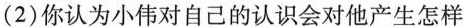
(2)你认为小伟对自己的认识会对他产生怎样